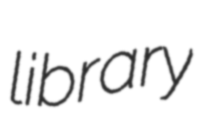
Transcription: library